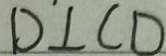
D \bot C D